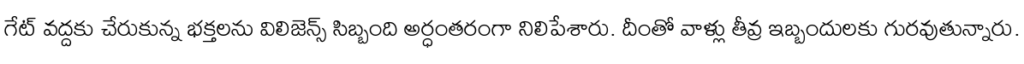
గేట్ వద్దకు చేరుకున్న భక్తలను విలిజెన్స్ సిబ్బంది అర్ధంతరంగా నిలిపేశారు. దీంతో వాళ్లు తీవ్ర ఇబ్బందులకు గురవుతున్నారు.